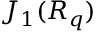
J _ { 1 } ( { \cal R } _ { q } )